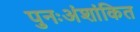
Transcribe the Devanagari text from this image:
पुनःअंशांकित